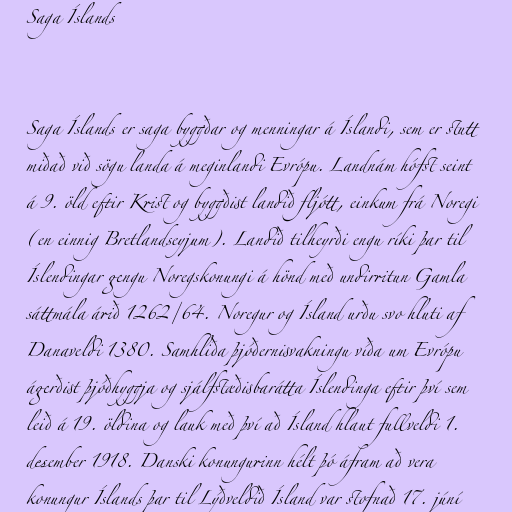
Saga Íslands

Saga Íslands er saga byggðar og menningar á Íslandi, sem er stutt
miðað við sögu landa á meginlandi Evrópu. Landnám hófst seint
á 9. öld eftir Krist og byggðist landið fljótt, einkum frá Noregi
(en einnig Bretlandseyjum). Landið tilheyrði engu ríki þar til
Íslendingar gengu Noregskonungi á hönd með undirritun Gamla
sáttmála árið 1262/64. Noregur og Ísland urðu svo hluti af
Danaveldi 1380. Samhliða þjóðernisvakningu víða um Evrópu
ágerðist þjóðhyggja og sjálfstæðisbarátta Íslendinga eftir því sem
leið á 19. öldina og lauk með því að Ísland hlaut fullveldi 1.
desember 1918. Danski konungurinn hélt þó áfram að vera
konungur Íslands þar til Lýðveldið Ísland var stofnað 17. júní